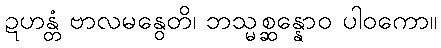
ဍဟန္တံ ဗာလမနွေတိ၊ ဘသ္မစ္ဆန္နောဝ ပါဝကော။